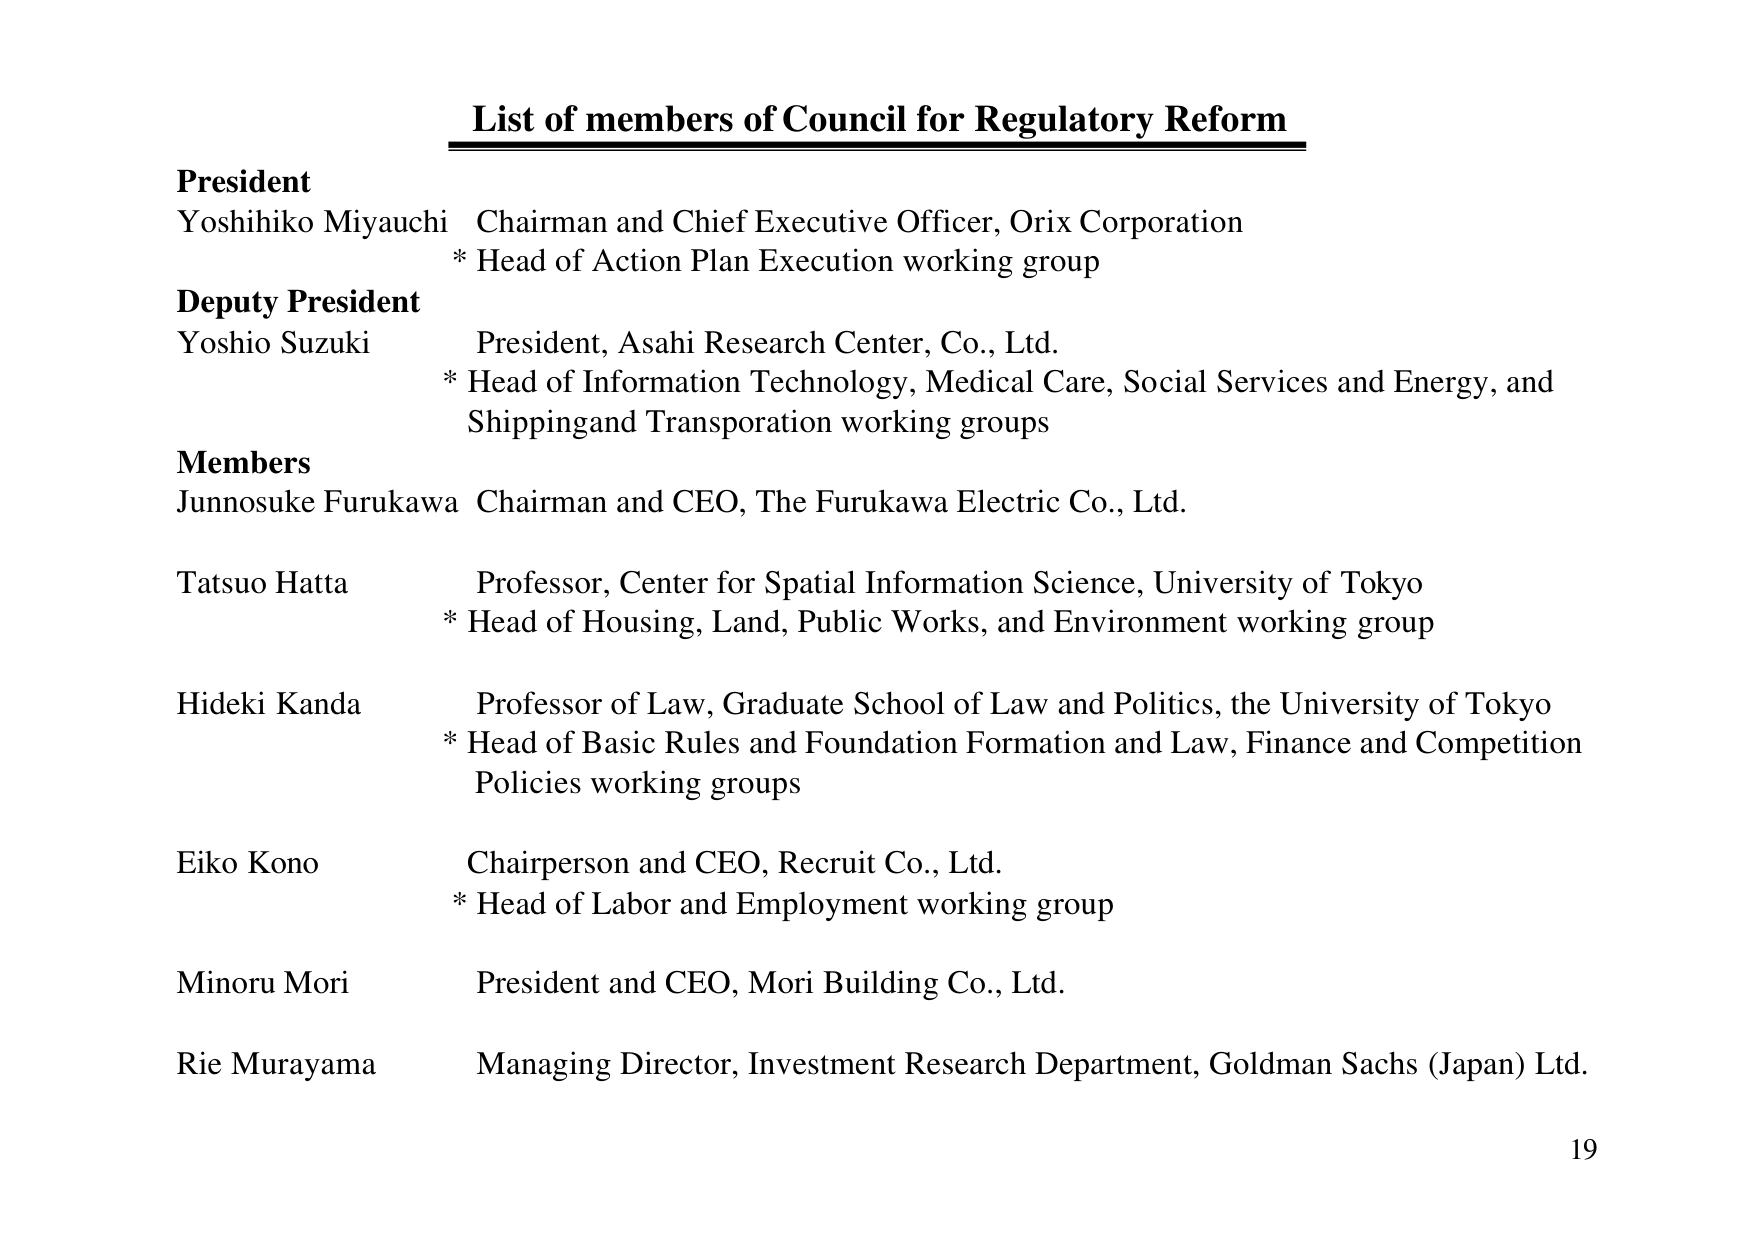
List of members of Council for Regulatory Reform

President
Yoshihiko Miyauchi Chairman and Chief Executive Officer, Orix Corporation
* Head of Action Plan Execution working group

Deputy President
Yoshio Suzuki President, Asahi Research Center, Co., Ltd.
* Head of Information Technology, Medical Care, Social Services and Energy, and Shipping and Transportation working groups

Members
Junnosuke Furukawa Chairman and CEO, The Furukawa Electric Co., Ltd.

Tatsuo Hatta Professor, Center for Spatial Information Science, University of Tokyo
* Head of Housing, Land, Public Works, and Environment working group

Hideki Kanda Professor of Law, Graduate School of Law and Politics, the University of Tokyo
* Head of Basic Rules and Foundation Formation and Law, Finance and Competition Policies working groups

Eiko Kono Chairperson and CEO, Recruit Co., Ltd.
* Head of Labor and Employment working group

Minoru Mori President and CEO, Mori Building Co., Ltd.

Rie Murayama Managing Director, Investment Research Department, Goldman Sachs (Japan) Ltd.

19